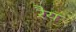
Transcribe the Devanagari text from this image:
रैय